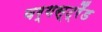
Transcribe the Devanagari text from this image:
वर्गस्ट्रैंड